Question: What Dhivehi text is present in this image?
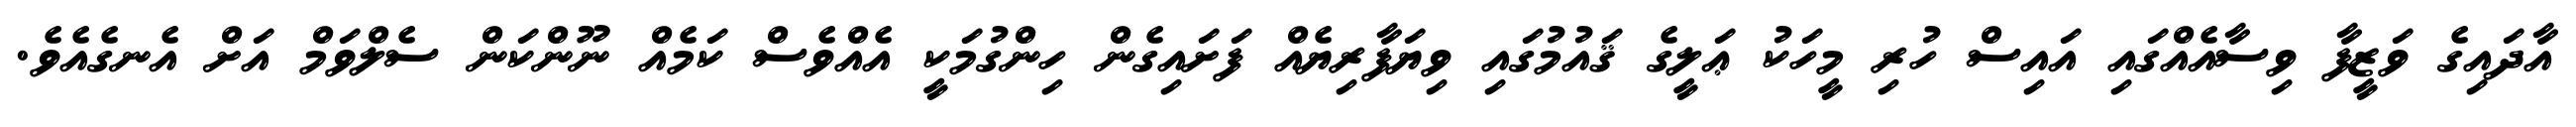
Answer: އާދައިގެ ވަޒީފާ ވިސާއެއްގައި އައިސް ހުރި މީހަކު ޢަލީގެ ޤައުމުގައި ވިޔަފާރިޔެއް ފަށައިގެން ހިންގުމަކީ އެއްވެސް ކަމެއް ނޫންކަން ސެލްވަމް އަށް އެނގެއެވެ.